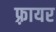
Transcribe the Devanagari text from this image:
फ़्रायर